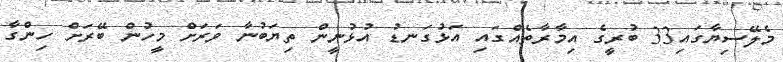
މެލޭސިޔާގައި33 ބުރީގެ އިމާރާތެއްގައި އަޅުގަނޑު އުޅުނީން ތިޔަބުނާ ވަރަށް މީހުން ބޭރަށް ހިންގާ